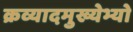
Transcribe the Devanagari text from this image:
क्रव्यादमुख्येभ्यो